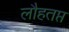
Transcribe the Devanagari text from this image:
लौहतप्त